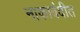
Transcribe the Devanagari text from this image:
नाकाबंदीत